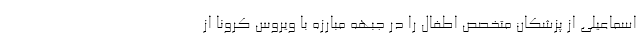
اسماعیلی از پزشکان متخصص اطفال را در جبهه مبارزه با ویروس کرونا از